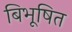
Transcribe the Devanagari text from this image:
बिभूषित